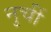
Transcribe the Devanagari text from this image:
नुचीं